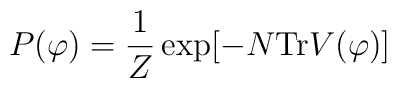
P(\varphi) = {1\over{Z}} \exp [ - N {\rm Tr} V(\varphi)]